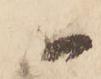
被